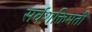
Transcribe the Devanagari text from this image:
सर्वशक्तिमती